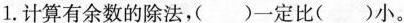
1.计算有余数的除法，( )一定比( )小。